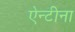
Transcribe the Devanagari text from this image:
ऐन्टीना